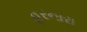
હરનારા